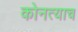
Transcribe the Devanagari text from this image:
कोनत्याच